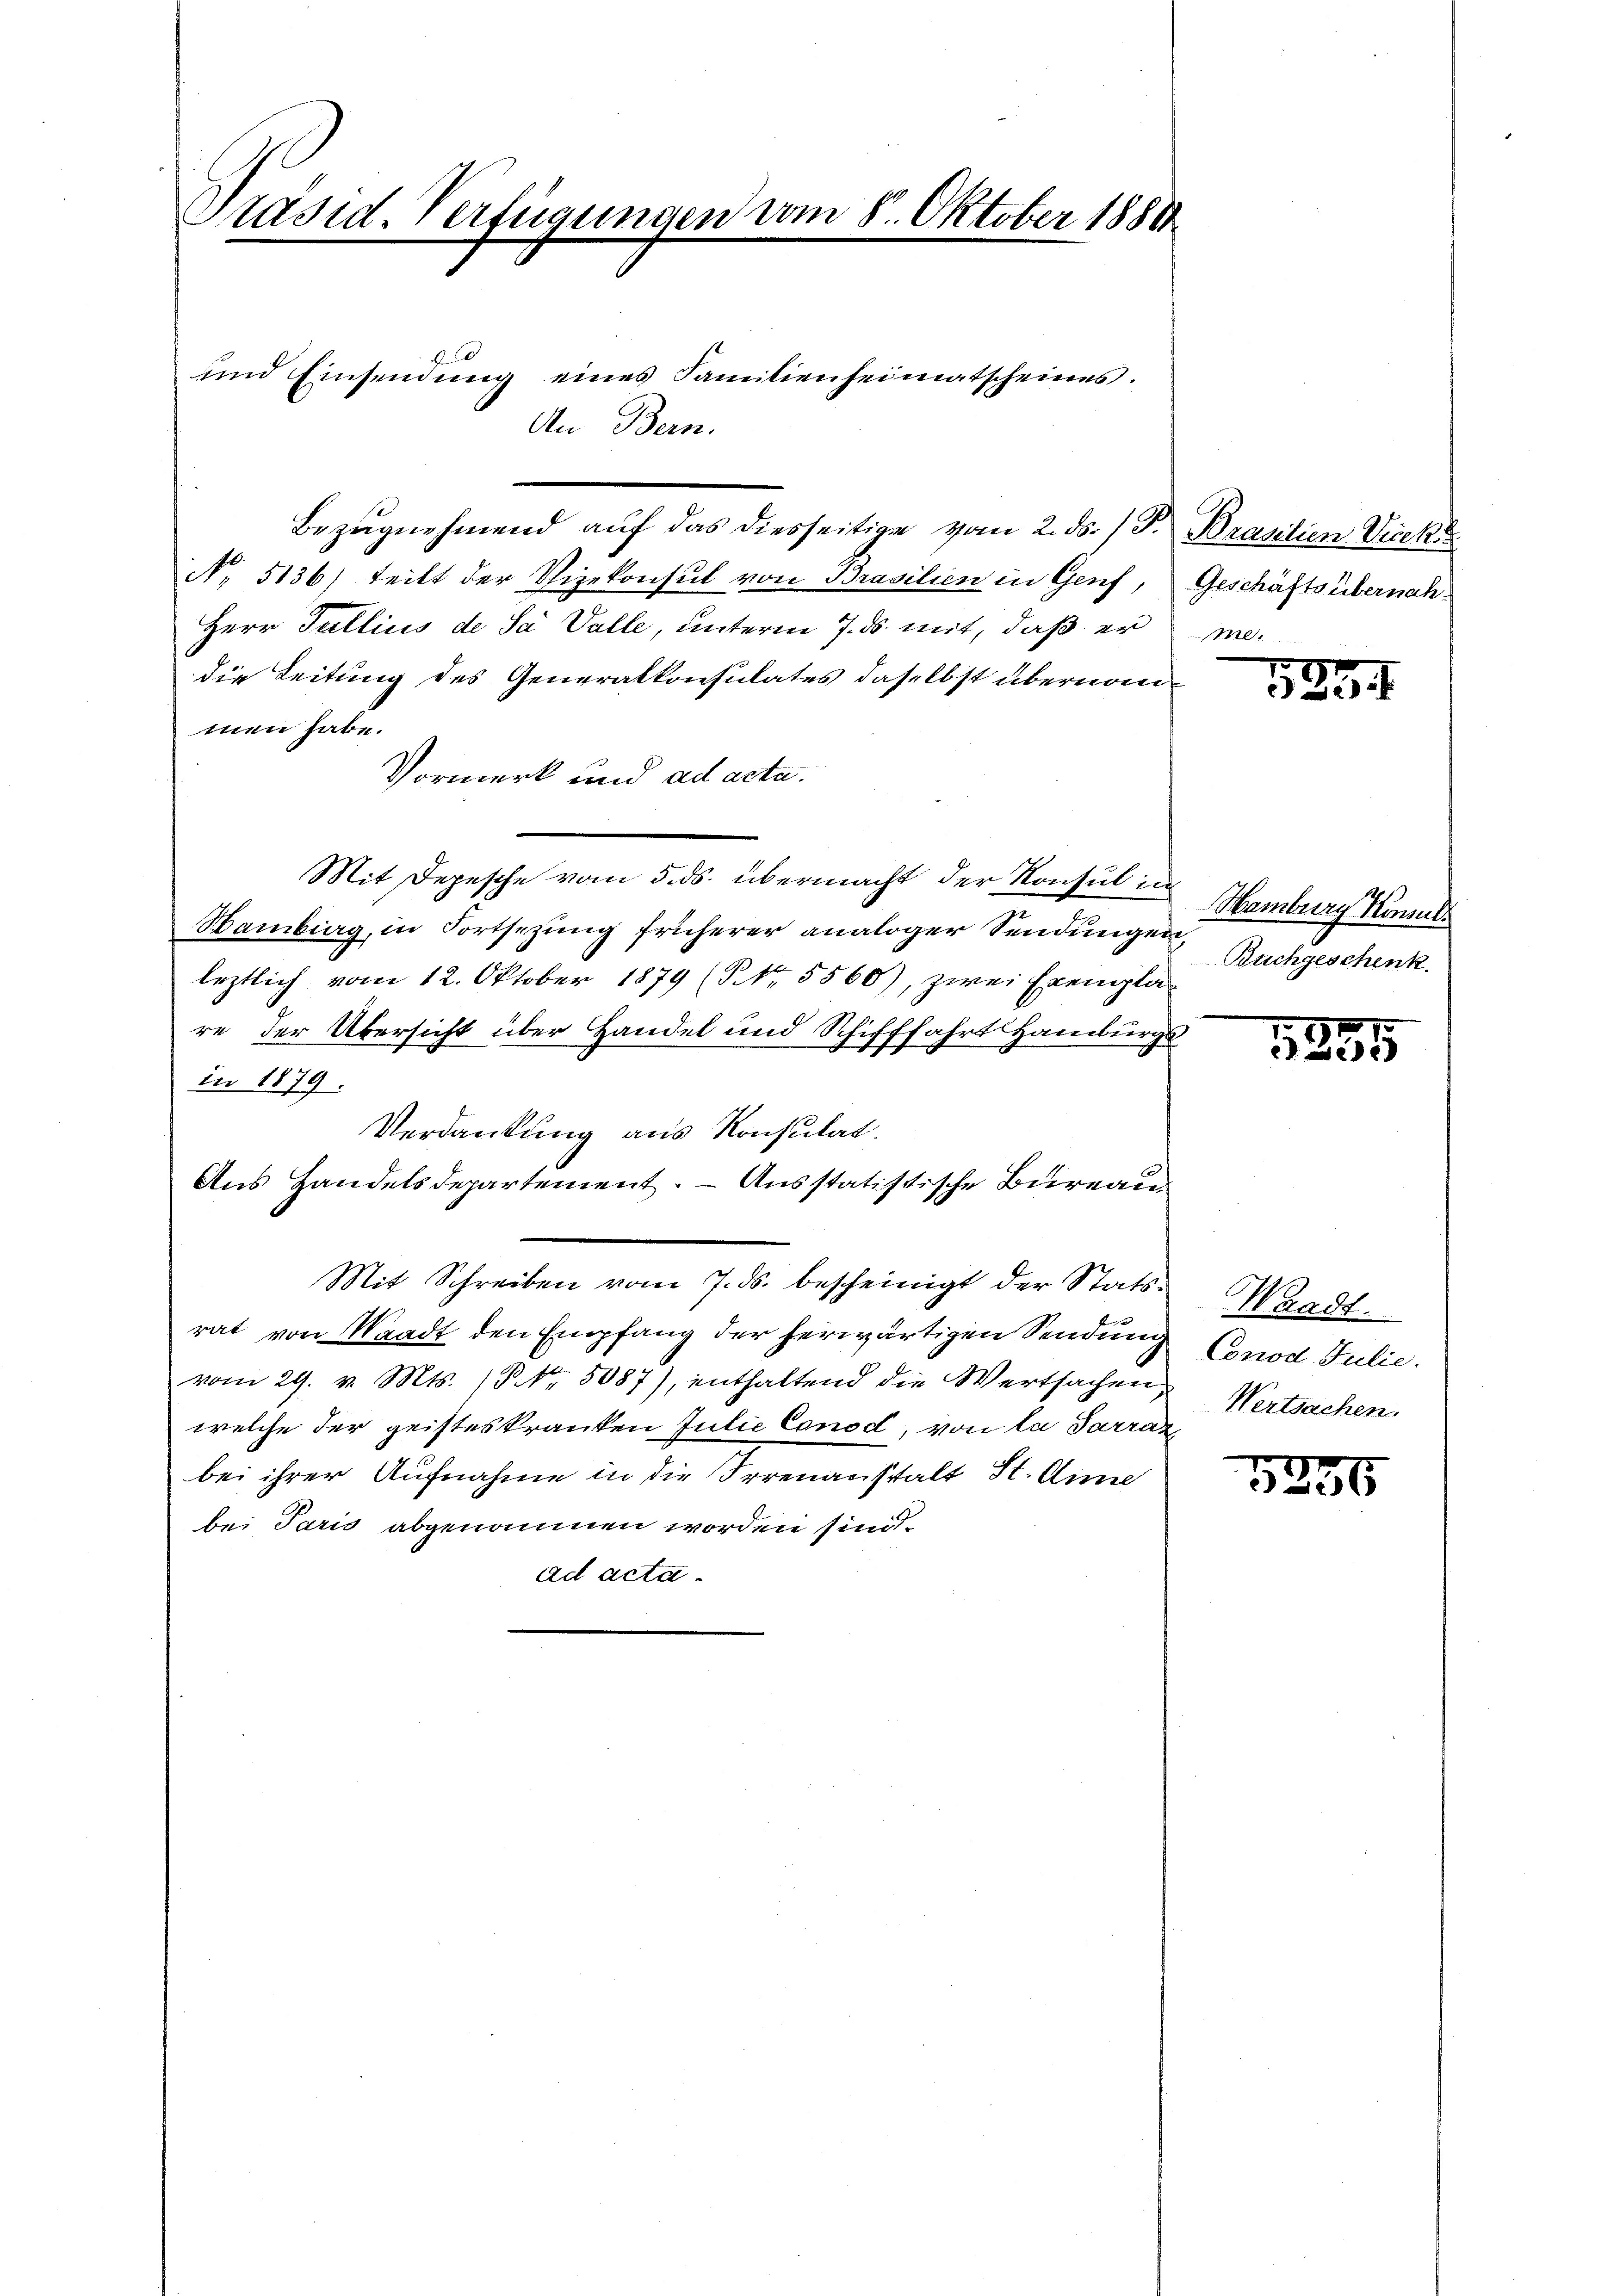
Präsid. Verfügungen vom 8. Oktober 1880
.

und Einsendung eines Familienheimatscheines.
An Bern.

No. 5136) teilt der Vizekonsul von Brasilien in Genf, Geschäftsübernah¬
Herr Gullius de Sa Valle, unterm 7. ds. mit, daß er medie Leitung des Generalkonsulates daselbst übernommen habe.
Vormerk und ad acta.
Mit Depesche vom 5. ds. übermacht der Konsul in
Mambiag, in Fortsezung früherer analoger Sendungen
leztlich vom 12. Oktober 1879 (NNo. 5560), zwei Exempla-
re der Übersicht über Handel und Schifffahrt Hamburgs
in 1879.
Verdankung aus Konsulat.
Aus Handelsdepartement. – Ausstatistische Bureau
Mit Schreiben vom 7. ds. bescheinigt der Statsrat von Waadt den Empfang der herwärtigen Sendung
vom 29. v. Mts. (Nr. 5087), enthaltend die Wertsachen,
welche der geisteskranken Julie Conod, von la Sarraz
bei ihrer Aufnahme in die Irrenanstalt St. Anne
bei Paris abgenommen worden sind.
ad acta.

Bezŭgnehmend auf das diesseitige vom 2. ds. (T. Brasilien Viceke

5834

Hamburg Kamml
Buchgeschenk

1885

Waadt.
Conod Julie.
Wertsachen.

5836